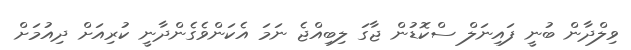
ވިލްދާން ބުނީ ފައިނަލް ސްކޮޑުން ޖާގަ ލިބިއްޖެ ނަމަ އެކަންވެގެންދާނީ ކުރިއަށް ދިއުމަށް